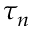
\tau _ { n }